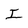
Character: I